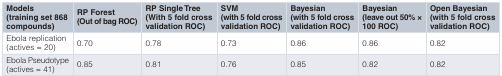
<table><thead><tr><td><b>Models(training set 868compounds)</b></td><td><b>RP Forest(Out of bag ROC)</b></td><td><b>RP Single Tree(With 5 fold crossvalidation ROC)</b></td><td><b>SVM(with 5 fold crossvalidation ROC)</b></td><td><b>Bayesian(with 5 fold crossvalidation ROC)</b></td><td><b>Bayesian(leave out 50% ×100 ROC)</b></td><td><b>Open Bayesian(with 5 fold cross validation ROC)</b></td></tr></thead><tbody><tr><td>Ebola replication(actives = 20)</td><td>0.70</td><td>0.78</td><td>0.73</td><td>0.86</td><td>0.86</td><td>0.82</td></tr><tr><td>Ebola Pseudotype(actives = 41)</td><td>0.85</td><td>0.81</td><td>0.76</td><td>0.85</td><td>0.82</td><td>0.82</td></tr></tbody></table>